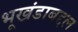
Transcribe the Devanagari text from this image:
भूखंडाबद्दल